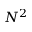
N ^ { 2 }